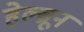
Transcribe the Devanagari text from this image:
हेल्ब्रून